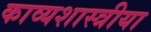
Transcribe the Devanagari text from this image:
काव्यशास्त्रीया